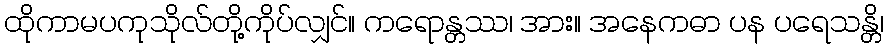
ထိုကာမပကုသိုလ်တို့ကိုပ်လျှင်။ ကရောန္တဿ၊ အား။ အနေကဓာ ပန ပရေသန္တိ၊